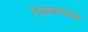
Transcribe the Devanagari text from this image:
वेरूळजवळ